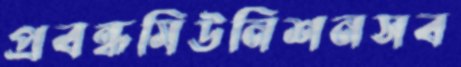
প্রবন্ধমিউনিশনসব